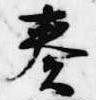
奏